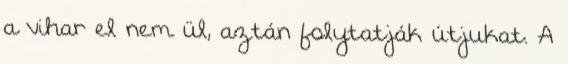
a vihar el nem ül, aztán folytatják útjukat. A